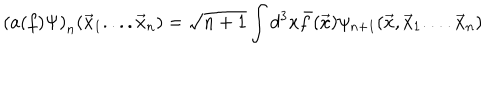
\left( a ( f ) \Psi \right) _ { n } ( \vec { x } _ { 1 } . . . . \vec { x } _ { n } ) = \sqrt { n + 1 } \int d ^ { 3 } x \bar { f } ( \vec { x } ) \psi _ { n + 1 } ( \vec { x } , \vec { x } _ { 1 } . . . . \vec { x } _ { n } )